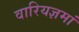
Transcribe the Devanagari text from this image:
वारियज्ञमां